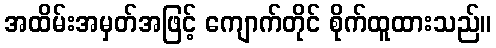
အထိမ်းအမှတ်အဖြင့် ကျောက်တိုင် စိုက်ထူထားသည်။